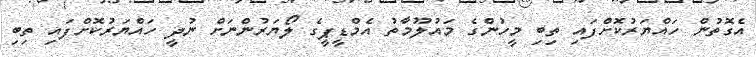
އެގޮތުން ހައްޔަރުކޮށްފައި ތިބި މީހުންގެ މައުލޫމާތު އެމްޑީޕީގެ ލޯޔަރުންނަށް ނުދީ ހައްޔަރުކޮށްފައި ތިބި